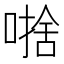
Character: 𱔄